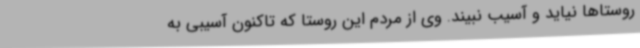
روستاها نیاید و آسیب نبیند. وی از مردم این روستا که تاکنون آسیبی به